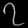
Digit: ၇